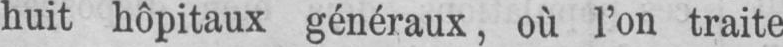
huit hôpitaux généraux, où l’on traite